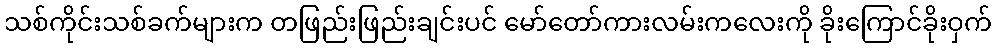
သစ်ကိုင်းသစ်ခက်များက တဖြည်းဖြည်းချင်းပင် မော်တော်ကားလမ်းကလေးကို ခိုးကြောင်ခိုးဝှက်